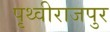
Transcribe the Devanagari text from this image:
पृथ्वीराजपुर